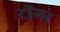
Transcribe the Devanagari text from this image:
टोंगर